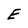
Character: E